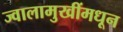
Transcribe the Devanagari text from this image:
ज्वालामुखींमधून